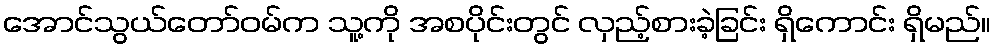
အောင်သွယ်တော်ဝမ်က သူ့ကို အစပိုင်းတွင် လှည့်စားခဲ့ခြင်း ရှိကောင်း ရှိမည်။